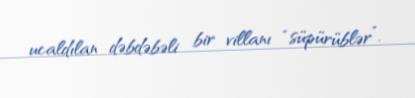
ucaldılan dəbdəbəli bir villanı “süpürüblər”.